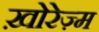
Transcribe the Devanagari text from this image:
ख़ोरेज़्म